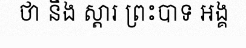
ថា នឹង ស្តារ ព្រះបាទ អង្គ